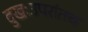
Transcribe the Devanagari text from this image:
दुखःउपरांतच